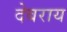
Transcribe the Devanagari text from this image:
देबराय